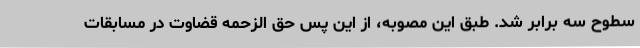
سطوح سه برابر شد. طبق این مصوبه، از این پس حق الزحمه قضاوت در مسابقات